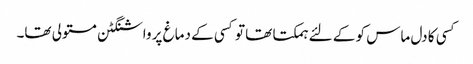
کسی کا دل ماس کو کے لئے ہمکتا تھا تو کسی کے دماغ پر واشنگٹن مستولی تھا۔